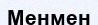
Менмен